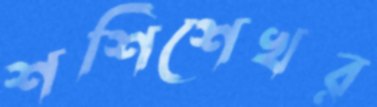
শশিশেখর